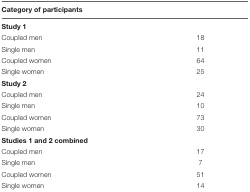
| Category of participants |  |
 | --- | --- |
 | Study 1 |  |
 | Coupled men | 18 |
 | Single men | 11 |
 | Coupled women | 64 |
 | Single women | 25 |
 | Study 2 |  |
 | Coupled men | 24 |
 | Single men | 10 |
 | Coupled women | 73 |
 | Single women | 30 |
 | Studies 1 and 2 combined |  |
 | Coupled men | 17 |
 | Single men | 7 |
 | Coupled women | 51 |
 | Single women | 14 |